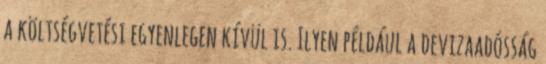
a költségvetési egyenlegen kívül is. Ilyen például a devizaadósság